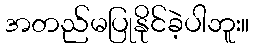
အတည်မပြုနိုင်ခဲ့ပါဘူး။